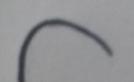
Signature authenticity: forged